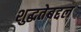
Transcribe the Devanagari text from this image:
शुद्धतेबद्दल